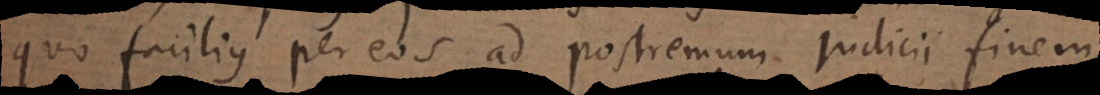
quo facilius per eos ad postremum judicii finem